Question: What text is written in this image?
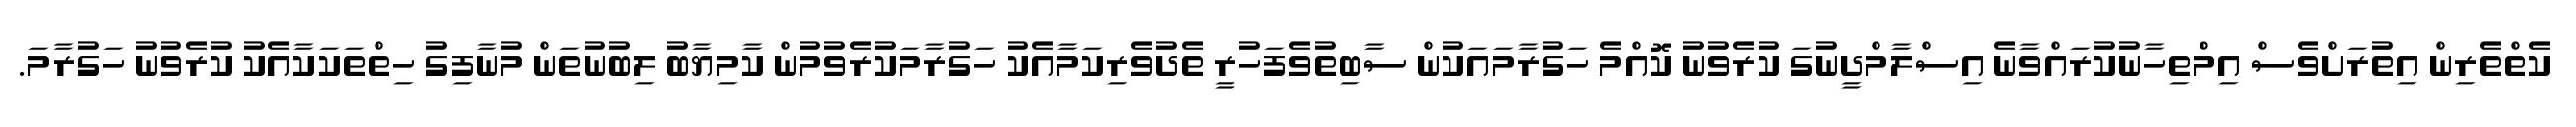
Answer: ކެތްތެރިން އިތުރަށްވެސް އިމްތިހާނުކުރައްވާނެ އިސްލާމްދީނުގަ ކުރެވުނު ކޮއްމެ ހަގުރާމައަކުން ސާބިތުވެފަހުރީ ތެދުވެރިކަމާއެކު ހަގުރާމަކުރެވުމުން ކާމިޔާބު ލިބުނުތަން މުނާފިގު ހިތްތަކަކާއެކު ކުރެވުނު ހަގުރާމަ.